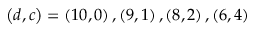
\left( d , c \right) = \left( 1 0 , 0 \right) , \left( 9 , 1 \right) , \left( 8 , 2 \right) , \left( 6 , 4 \right)